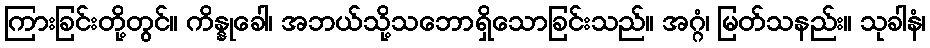
ကြားခြင်းတို့တွင်။ ကိန္နုခေါ၊ အဘယ်သို့သဘောရှိသောခြင်းသည်။ အဂ္ဂံ၊ မြတ်သနည်း။ သုခါနံ၊